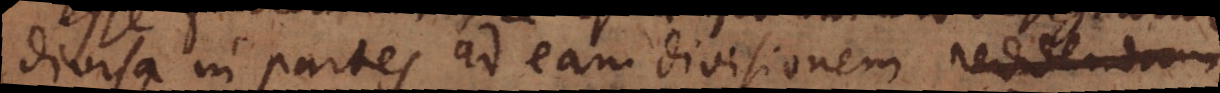
divisa in partes ad eam divisionem reddendam